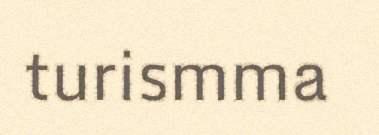
turismma